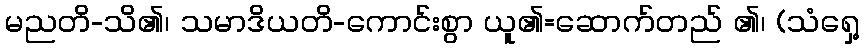
မညတိ-သိ၏၊ သမာဒိယတိ-ကောင်းစွာ ယူ၏=ဆောက်တည် ၏၊ (သံရှေ့